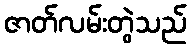
ဇာတ်လမ်းတွဲသည်